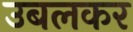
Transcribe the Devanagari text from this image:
उबलकर